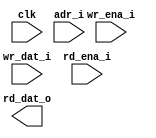
module ime_mv_ram_sp_64x13 (
  // global
  clk         ,
  // address
  adr_i       ,
  // write
  wr_ena_i    , // low active
  wr_dat_i    ,
  // read
  rd_ena_i    , // low active
  rd_dat_o
);

//*** PARAMETER ****************************************************************


//*** INPUT/OUTPUT *************************************************************

  // global
  input               clk         ;
  // address
  input  [6 -1 :0]    adr_i       ;
  // write
  input               wr_ena_i    ;
  input  [13-1 :0]    wr_dat_i    ;
  // read
  input               rd_ena_i    ;
  output [13-1 :0]    rd_dat_o    ;


//*** WIRE/REG *****************************************************************


//*** MAIN BODY ****************************************************************
  wire cen_w = wr_ena_i && rd_ena_i ;

`ifdef RTL_MODEL

ram_1p #(
      .Word_Width (  13  ) ,
      .Addr_Width (  6   )
      ) u_ram_1p(
          .clk    ( clk               ),
          .cen_i  ( cen_w             ),
          .oen_i  ( 1'b0              ),
          .wen_i  ( wr_ena_i          ),
          .addr_i ( adr_i             ),
          .data_i ( wr_dat_i          ),      
          .data_o ( rd_dat_o          )          
);

`endif

`ifdef XM_MODEL 
rfsphd_64x13 u_rfsphd_64x13(
          .Q      ( rd_dat_o          ), // output data
          .CLK    ( clk               ), // clk
          .CEN    ( cen_w             ), // low active
          .WEN    ( wr_ena_i          ), // low active
          .A      ( adr_i             ), // address
          .D      ( wr_dat_i          ), // input data
          .EMA    ( 3'b1 ), 
          .EMAW   ( 2'b0 ),
          .RET1N  ( 1'b1 )
  );
`endif 
endmodule